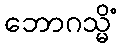
ဘောဂသ္မိံ